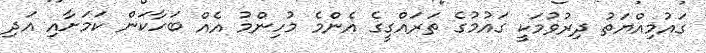
ގައުމިއްޔަތު ދިރުވުމަކީ ގައުމުގެ ތަރައްގީގެ އެންމެ މުހިންމު އެއް ބަހާކަން ކަމަށާއި އަދި